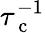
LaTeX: \tau_{\mathrm{~c~}}^{-1}